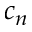
c _ { n }